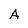
Character: A